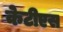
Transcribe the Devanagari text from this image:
केटीएस